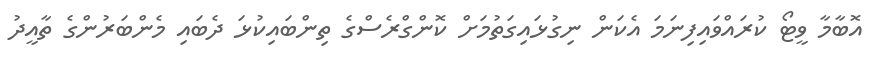
އޮބާމާ ވީޓޯ ކުރައްވައިފިނަމަ އެކަން ނިގުޅައިގަތުމަށް ކޮންގްރެސްގެ ތިންބައިކުޅަ ދެބައި މެންބަރުންގެ ތާއީދު